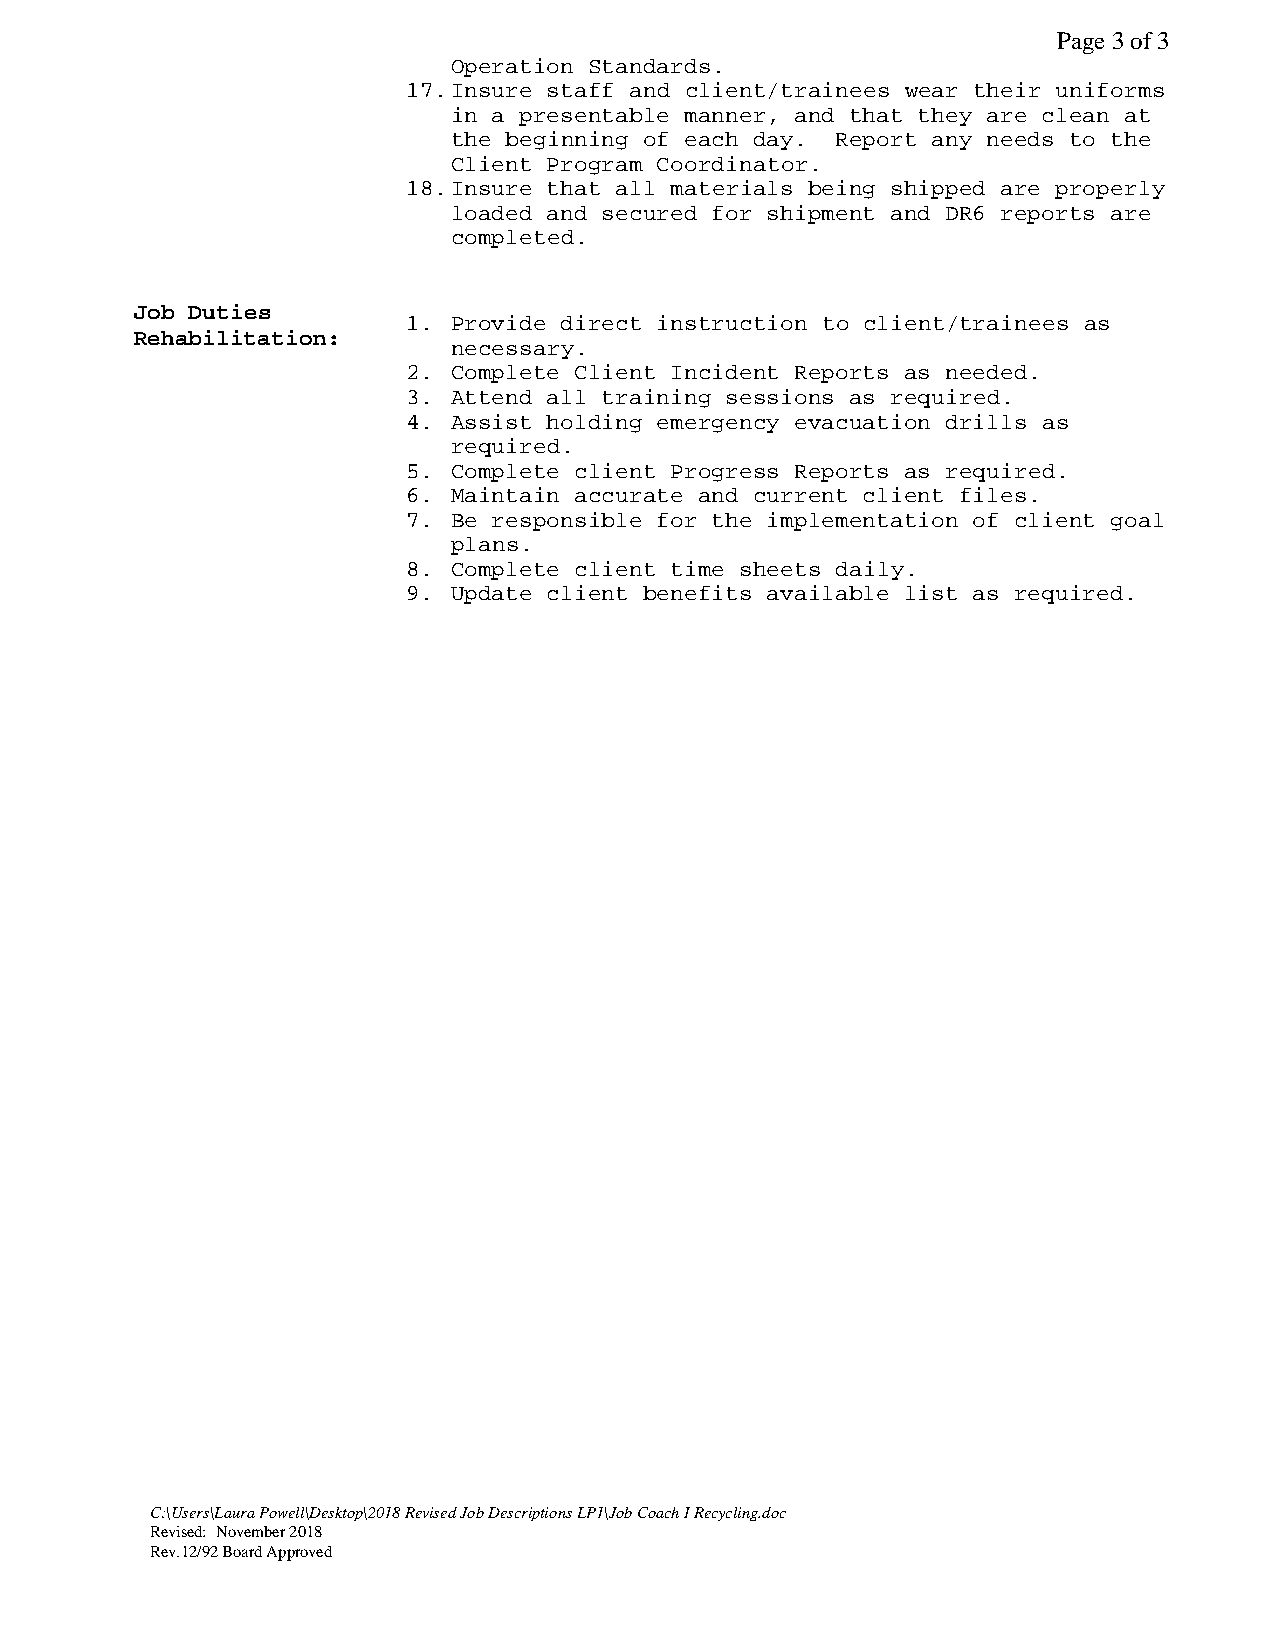
Page 3 of 3
 Operation Standards.
 17.Insure staff and client/trainees wear their uniforms
 in a presentable manner, and that they are clean at
 the beginning of each day. Report any needs to the
 Client Program Coordinator.
 18.Insure that all materials being shipped are properly
 loaded and secured for shipment and DR6 reports are
 completed.
 Job Duties
 1. Provide direct instruction to client/trainees as
 Rehabilitation:
 necessary.
 2. Complete Client Incident Reports as needed.
 3. Attend all training sessions as required.
 4. Assist holding emergency evacuation drills as
 required.
 5. Complete client Progress Reports as required.
 6. Maintain accurate and current client files.
 7. Be responsible for the implementation of client goal
 plans.
 8. Complete client time sheets daily.
 9. Update client benefits available list as required.
 C:\Users\Laura Powell\Desktop\2018 Revised Job Descriptions LP1\Job Coach I Recycling.doc
 Revised: November 2018
 Rev.12/92 Board Approved